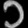
Digit: ၁